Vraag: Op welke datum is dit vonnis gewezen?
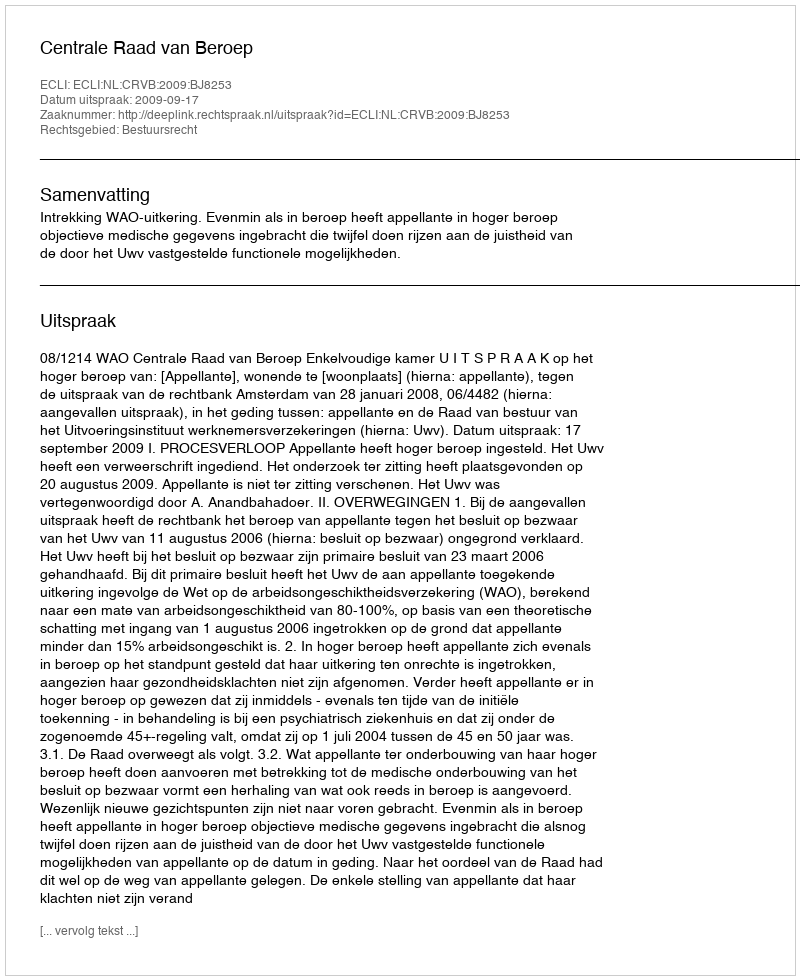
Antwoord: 2009-09-17